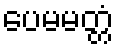
ပေမမတ္တံ